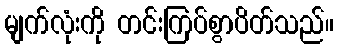
မျက်လုံးကို တင်းကြပ်စွာပိတ်သည်။